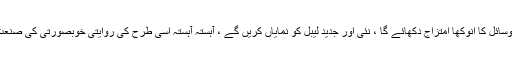
اس نمائش میں پوری دنیا کا سامنا کرنا پڑے گا ، مشرقی اور مغربی ثقافت ، ٹکنالوجی اور دیگر وسائل کا انوکھا امتزاج دکھائے گا ، نئی اور جدید لیبل کو نمایاں کریں گے ، آہستہ آہستہ اسی طرح کی روایتی خوبصورتی کی صنعت کی نمائش ترک کردیں گے ، اس کے لئے ایک پیشہ ور پلیٹ فارم بنانے کی کوشش کریں گے۔